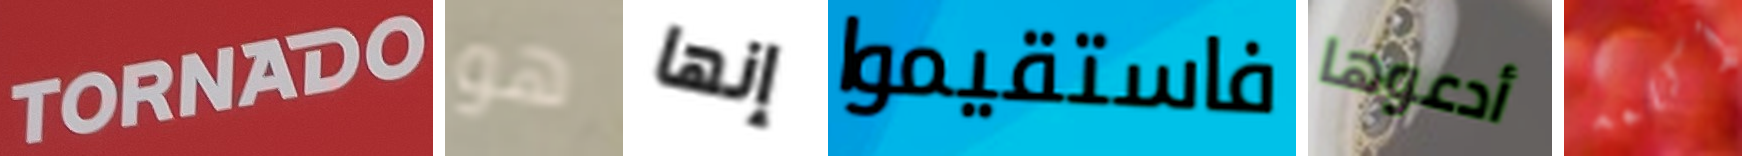
TORNADO هو إنها فاستقيموا أدعوها أكلمه